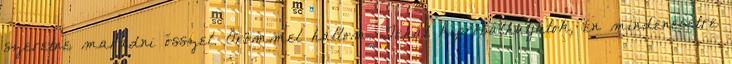
szeretne maradni ősszel. Örömmel hallom. Tehát kipróbálhatjátok, én mindenesetre